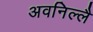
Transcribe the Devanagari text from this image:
अवनिल्लै